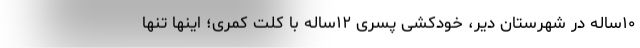
۱۰ساله در شهرستان دیر، خودکشی پسری ۱۲ساله با کلت کمری؛ اینها تنها